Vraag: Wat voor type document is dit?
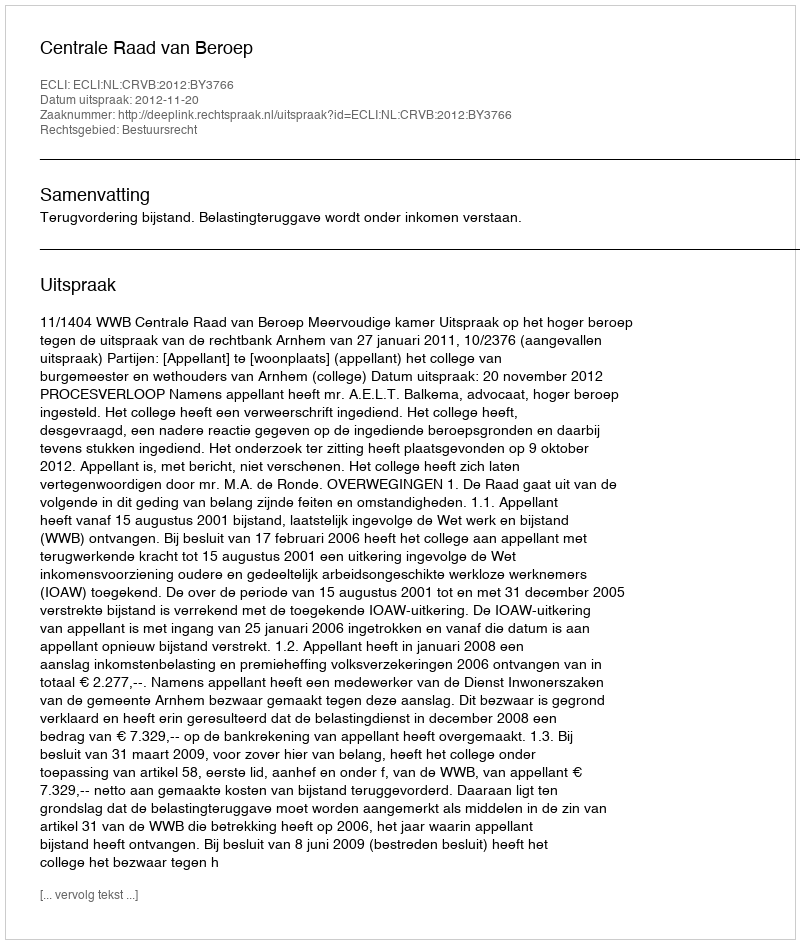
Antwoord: Uitspraak